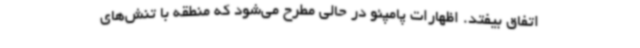
اتفاق بیفتد. اظهارات پامپئو در حالی مطرح می‌شود که منطقه با تنش‌های